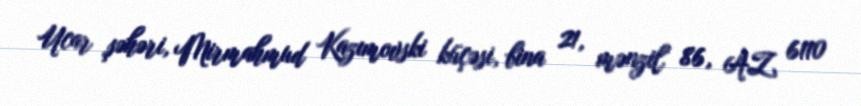
Ucar şəhəri, Mirmahmud Kazımovski küçəsi, bina 21, mənzil 86, AZ 6110